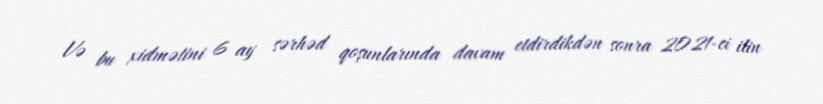
Və bu xidmətini 6 ay sərhəd qoşunlarında davam etdirdikdən sonra 2021-ci ilin